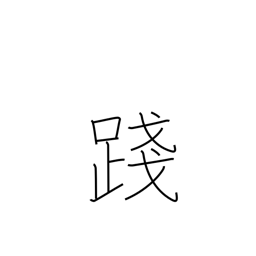
Meaning: trample